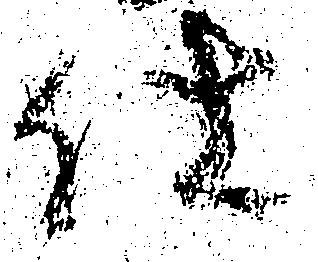
仕